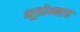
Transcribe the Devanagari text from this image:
भूतोन्माद